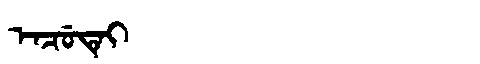
Manchu: ᡝᠨᠴᡠᡨᡝᡳ
Romanization: ENCUTEI